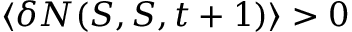
\langle \delta N ( S , S , t + 1 ) \rangle > 0